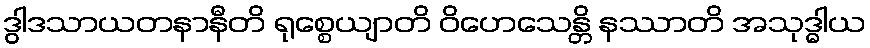
ဒွါဒသာယတနာနီတိ ရုစ္စေယျာတိ ဝိဟေသေန္တိ နဿာတိ အသုဒ္ဓါယ